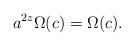
LaTeX: \begin{align*} a^{2z}\Omega(c) = \Omega(c). \end{align*}